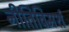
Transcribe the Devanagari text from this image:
नीतिविमर्श